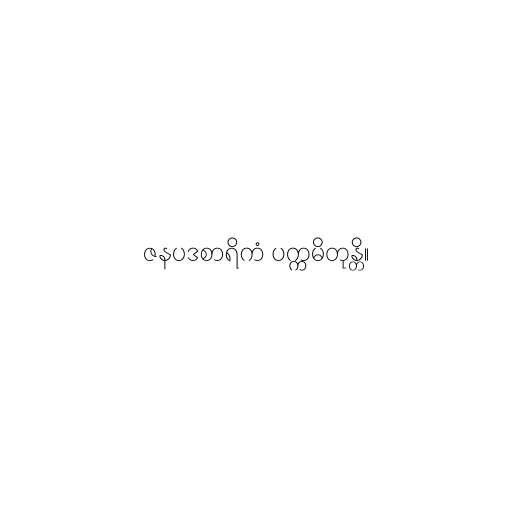
ဇနပဒစာရိကံ ပက္ကမိတုန္တိ။